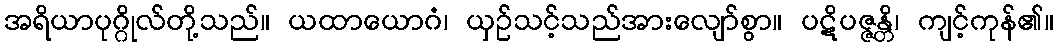
အရိယာပုဂ္ဂိုလ်တို့သည်။ ယထာယောဂံ၊ ယှဉ်သင့်သည်အားလျော်စွာ။ ပဋိပဇ္ဇန္တိ၊ ကျင့်ကုန်၏။